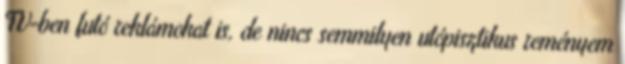
TV-ben futó reklámokat is, de nincs semmilyen utópisztikus reményem